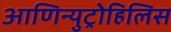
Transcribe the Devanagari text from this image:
आणिन्युट्रोहिलिस